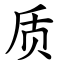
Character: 质